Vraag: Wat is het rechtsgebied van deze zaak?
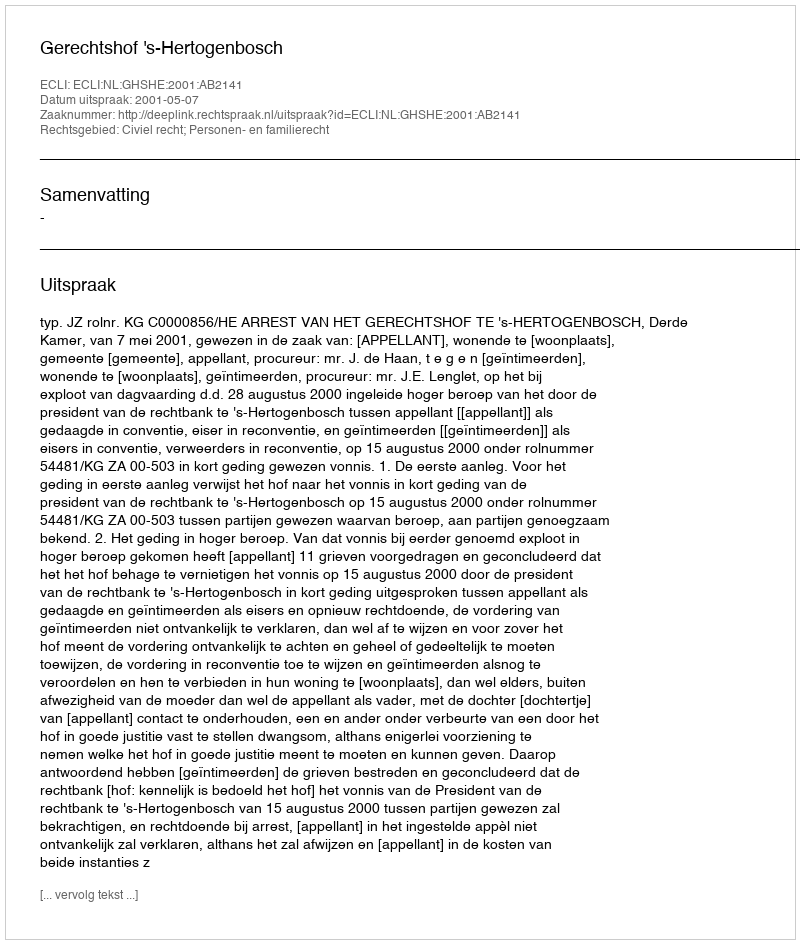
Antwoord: Civiel recht; Personen- en familierecht